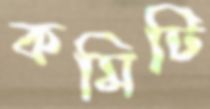
কমিটি